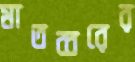
মাতব্বরের